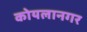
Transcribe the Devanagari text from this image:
कोयलानगर